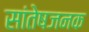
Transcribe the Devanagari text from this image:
सांतेषजनक